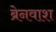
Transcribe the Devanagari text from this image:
ब्रेनवाश